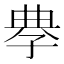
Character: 𡥳